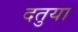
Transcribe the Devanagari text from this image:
दतुया